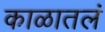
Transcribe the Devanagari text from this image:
काळातलं